Physiological action of certain drugs in tablet form - Number 52A
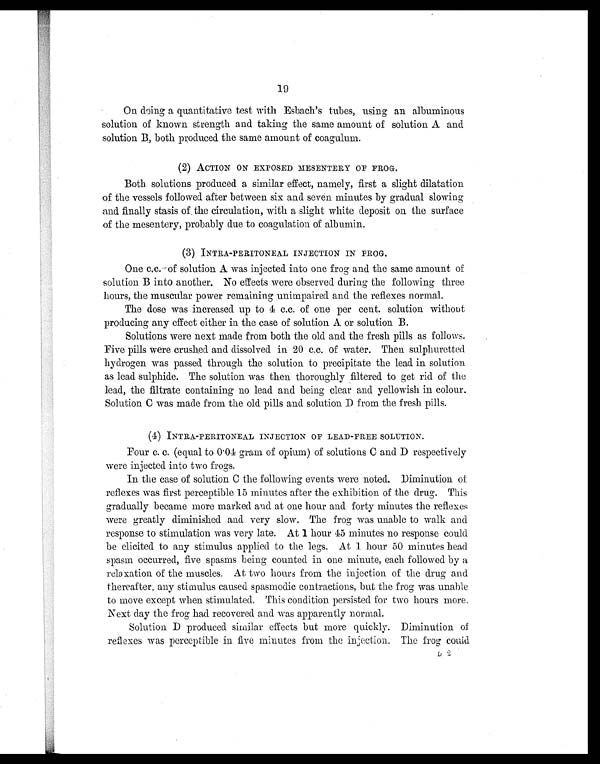
19
On doing a quantitative test with Esbach's tubes, using an albuminous
solution of known strength and taking the same amount of solution A and
solution B, both produced the same amount of coagulum.
(2) ACTION ON EXPOSED MESENTERY OF FROG.
Both solutions produced a similar effect, namely, first a slight dilatation
of the vessels followed after between six and seven minutes by gradual slowing
and. finally stasis of, the circulation, with a slight white deposit on the surface
of the mesentery, probably due to coagulation of albumin.
(3) INTRA-PERITONEAL INJECTION IN FROG.
One c.c. of solution A was injected into one frog and the same amount of
solution B into another. No effects were observed during the following three
hours, the muscular power remaining unimpaired and the reflexes normal.
The dose was increased up to 4 c.c. of one per cent. solution without
producing any effect either in the case of solution A or solution B.
Solutions were next made from both the old and the fresh pills as follows.
Five pills were crushed and dissolved in 20 c.c. of water. Then sulphuretted
hydrogen was passed through the solution to precipitate the lead in solution
as lead sulphide. The solution was then thoroughly filtered to get rid of the
lead, the filtrate containing no lead and being clear and yellowish in colour.
Solution C was made from the old pills and solution D from the fresh pills.
(4) INTRA-PERITONEAL INJECTION OF LEAD-FREE SOLUTION.
Four c. c. (equal to 0.04 gram of opium) of solutions C and D respectively
were injected into two frogs.
In the case of solution C the following events were noted. Diminution of
reflexes was first perceptible 15 minutes after the exhibition of the drug. This
gradually became more marked and at one hour and forty minutes the reflexes
were greatly diminished and very slow. The frog was unable to walk and
response to stimulation was very late. At 1 hour 45 minutes no response could
be elicited to any stimulus applied to the legs. At 1 hour 50 minutes head
spasm occurred, five spasms being counted in one minute, each followed by a
relaxation of the muscles. At two hours from the injection of the drug and.
thereafter, any stimulus caused spasmodic contractions, but the frog was unable
to move except when stimulated, This condition persisted for two hours more.
Next day the frog had recovered and was apparently normal.
Solution D produced similar effects but more quickly. Diminution of
reflexes was perceptible in five minutes from the injection. The frog could